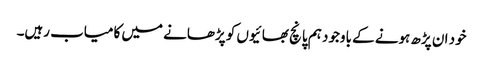
خود ان پڑھ ہونے کے باوجود ہم پانچ بھائیوں کو پڑھانے میں کامیاب رہیں۔